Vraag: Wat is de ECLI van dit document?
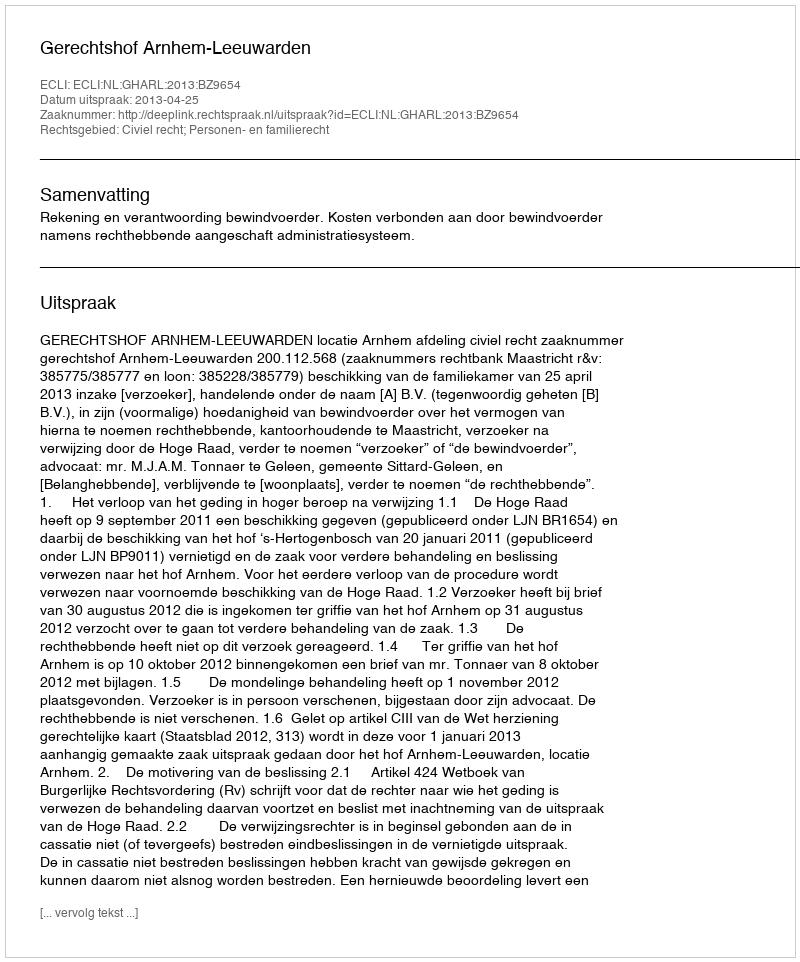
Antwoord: ECLI:NL:GHARL:2013:BZ9654